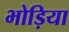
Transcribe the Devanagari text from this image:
भोड़िया